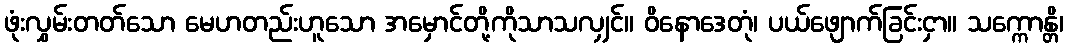
ဖုံးလွှမ်းတတ်သော မေဟတည်းဟူသော အမှောင်တို့ကိုသာသလျှင်။ ဝိနောဒေတုံ၊ ပယ်ဖျောက်ခြင်းငှာ။ သက္ကောန္တိ၊